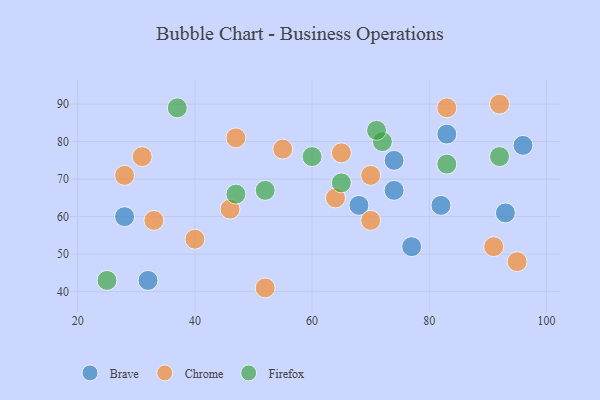
{"axis": {"x": "GDP", "y": "Life Expectancy"}, "legend": ["Brave", "Chrome", "Firefox"], "data": [{"x": "82", "y": 63, "type": "Brave"}, {"x": "32", "y": 43, "type": "Brave"}, {"x": "28", "y": 60, "type": "Brave"}, {"x": "74", "y": 67, "type": "Brave"}, {"x": "68", "y": 63, "type": "Brave"}, {"x": "93", "y": 61, "type": "Brave"}, {"x": "96", "y": 79, "type": "Brave"}, {"x": "77", "y": 52, "type": "Brave"}, {"x": "74", "y": 75, "type": "Brave"}, {"x": "83", "y": 82, "type": "Brave"}, {"x": "31", "y": 76, "type": "Chrome"}, {"x": "92", "y": 90, "type": "Chrome"}, {"x": "65", "y": 77, "type": "Chrome"}, {"x": "46", "y": 62, "type": "Chrome"}, {"x": "70", "y": 71, "type": "Chrome"}, {"x": "47", "y": 81, "type": "Chrome"}, {"x": "95", "y": 48, "type": "Chrome"}, {"x": "55", "y": 78, "type": "Chrome"}, {"x": "64", "y": 65, "type": "Chrome"}, {"x": "52", "y": 41, "type": "Chrome"}, {"x": "28", "y": 71, "type": "Chrome"}, {"x": "40", "y": 54, "type": "Chrome"}, {"x": "83", "y": 89, "type": "Chrome"}, {"x": "70", "y": 59, "type": "Chrome"}, {"x": "91", "y": 52, "type": "Chrome"}, {"x": "33", "y": 59, "type": "Chrome"}, {"x": "25", "y": 43, "type": "Firefox"}, {"x": "83", "y": 74, "type": "Firefox"}, {"x": "72", "y": 80, "type": "Firefox"}, {"x": "71", "y": 83, "type": "Firefox"}, {"x": "52", "y": 67, "type": "Firefox"}, {"x": "92", "y": 76, "type": "Firefox"}, {"x": "37", "y": 89, "type": "Firefox"}, {"x": "47", "y": 66, "type": "Firefox"}, {"x": "65", "y": 69, "type": "Firefox"}, {"x": "60", "y": 76, "type": "Firefox"}]}